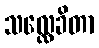
သလ္လေခိတာ